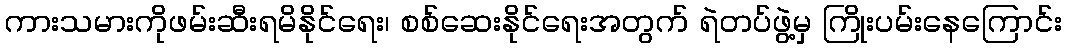
ကားသမားကိုဖမ်းဆီးရမိနိုင်ရေး၊ စစ်ဆေးနိုင်ရေးအတွက် ရဲတပ်ဖွဲ့မှ ကြိုးပမ်းနေကြောင်း